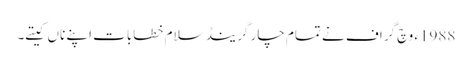
1988ء وچ گراف نے تمام چار گرینڈ سلام خطابات اپنے ناں کیتے۔